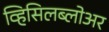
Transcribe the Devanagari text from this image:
व्हिसिलब्लोअर